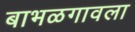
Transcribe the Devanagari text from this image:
बाभळगावला